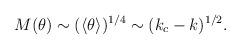
LaTeX: \begin{align*}M(\theta) \sim (\langle \theta \rangle )^{1/4}\sim (k_c - k)^{1/2}.\end{align*}